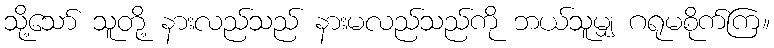
သို့သော် သူတို့ နားလည်သည် နားမလည်သည်ကို ဘယ်သူမျှ ဂရုမစိုက်ကြ။